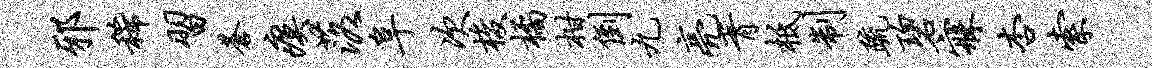
邪稀习苍瘼落阜次梭橘柑倒九亮胥柢制疏碧寐杏索